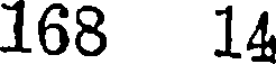
168 14